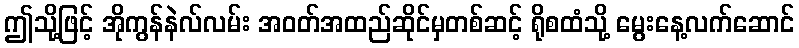
ဤသို့ဖြင့် အိုကွန်နဲလ်လမ်း အဝတ်အထည်ဆိုင်မှတစ်ဆင့် ရိုစထံသို့ မွေးနေ့လက်ဆောင်